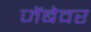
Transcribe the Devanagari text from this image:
जेंबेवर